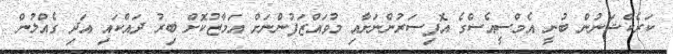
ކަރެކްޝަނުން ބުނީ އެމްސީއެސްގެ އޮފިސަރުންނަށާއި މުވައްޒަފުންނަށް އަމާޒުކޮށް ބިރު ދައްކައި އަދި ގެއްލުން